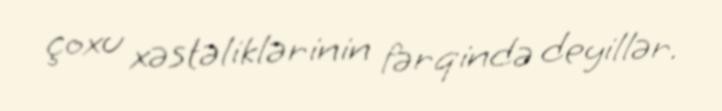
çoxu xəstəliklərinin fərqində deyillər.